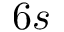
6 s